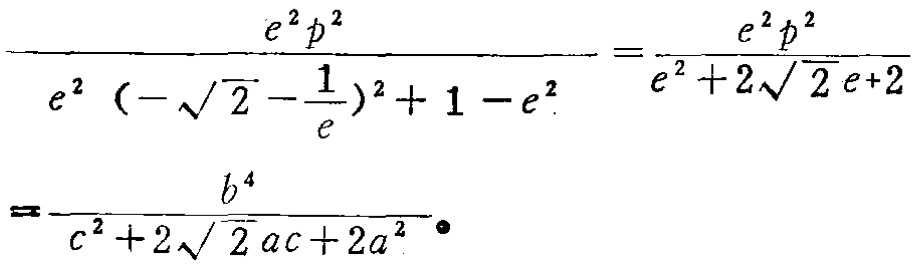
\[\frac{e^{2}p^{2}}{e^{2}\left(-\sqrt{2}-\frac{1}{e}\right)^{2}+1 - e^{2}}=\frac{e^{2}p^{2}}{e^{2}+2\sqrt{2}e + 2}=\frac{b^{4}}{c^{2}+2\sqrt{2}ac + 2a^{2}} \]